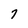
Character: 7